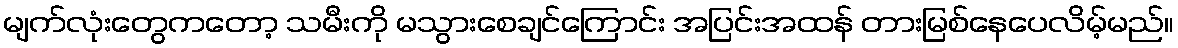
မျက်လုံးတွေကတော့ သမီးကို မသွားစေချင်ကြောင်း အပြင်းအထန် တားမြစ်နေပေလိမ့်မည်။